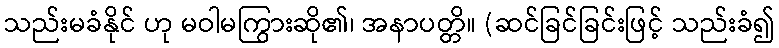
သည်းမခံနိုင် ဟု မဝါမကြွားဆို၏၊ အနာပတ္တိ။ (ဆင်ခြင်ခြင်းဖြင့် သည်းခံ၍